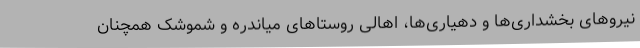
نیروهای بخشداری‌ها و دهیاری‌ها، اهالی روستاهای میاندره و شموشک همچنان